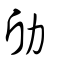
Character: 劤